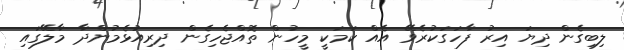
ލިބިގެން ދިޔަ އިރު ފާހަގަކުރެވޭ އެއް ކަމަކީ މީހުން ތޮއްޖެހިގެން ދިރިއުޅެމުންދާ މާލޭގައި